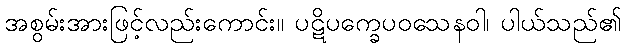
အစွမ်းအားဖြင့်လည်းကောင်း။ ပဋိပက္ခေပဝသေနဝါ၊ ပါယ်သည်၏